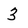
Character: 3